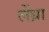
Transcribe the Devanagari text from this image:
लेंध्रा